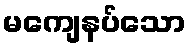
မကျေနပ်သော